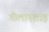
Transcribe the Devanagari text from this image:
गीलानशाह